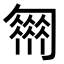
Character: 𠤈